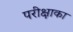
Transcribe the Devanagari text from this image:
परीक्षाका